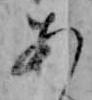
あ